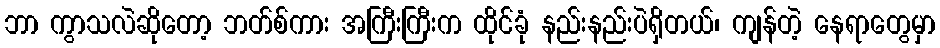
ဘာ ကွာသလဲဆိုတော့ ဘတ်စ်ကား အကြီးကြီးက ထိုင်ခုံ နည်းနည်းပဲရှိတယ်၊ ကျန်တဲ့ နေရာတွေမှာ